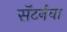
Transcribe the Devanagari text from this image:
सॅटर्नचा